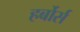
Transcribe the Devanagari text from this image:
हर्बोर्स